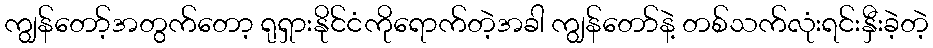
ကျွန်တော့်အတွက်တော့ ရုရှားနိုင်ငံကိုရောက်တဲ့အခါ ကျွန်တော်နဲ့ တစ်သက်လုံးရင်းနှီးခဲ့တဲ့